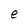
Character: e